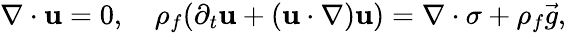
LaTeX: \nabla\cdot\mathbf{u}=0,\quad\rho_{f}(\partial_{t}\mathbf{u}+(\mathbf{u}\cdot\nabla)\mathbf{u})=\nabla\cdot\mathbf{\sigma}+\rho_{f}\vec{g},